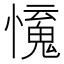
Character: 𢣒